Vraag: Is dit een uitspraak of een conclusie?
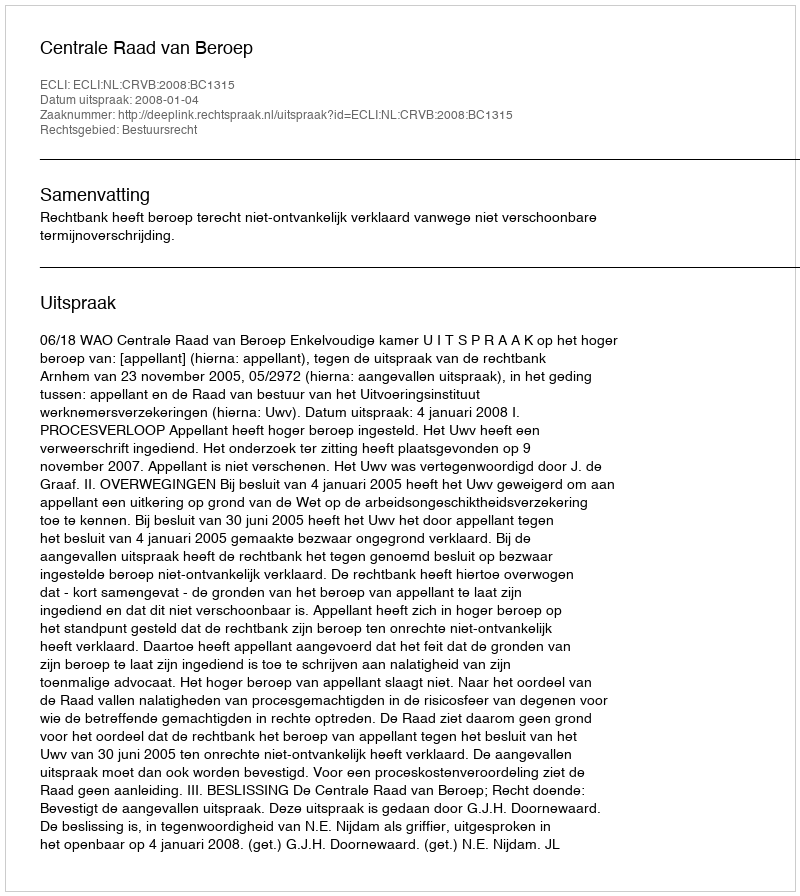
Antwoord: Uitspraak